Civil Veterinary Dept. Bombay admin report 1932-41 - 1932-1941
Year: 1932
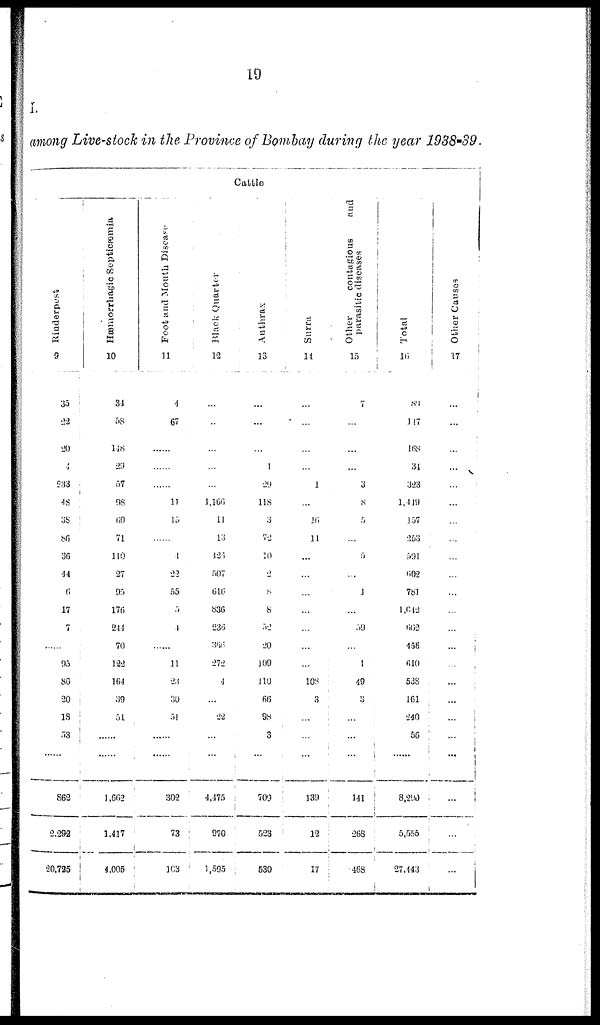
19
I.
among Live-stock in the Province of Bombay during the year 1938-39.
Cattle
Rinderpest
9
35
22
20
4
233
18
38
86
36
44
6
17
7
......
95
80
20
18
53
......
862
2,292
20,725
Hæmorrhogic Septicæmia.
10
31
58
118
29
57
OS
69
71
110
27
or.
170
244
70
122
164
30
51
......
......
1,662
1,417
4,005
Foot and Mouth Disease
11
4
67
...
...
...
11
15
...
1
22
55
5
1
...
11
28
30
31
......
......
302
73
103
Black Quarter
12
...
..
...
...
...
1,166
11
13
126
507
616
836
236
366
272
4
...
22
...
...
4,475
970
1,505
Anthrax
13
...
...
...
1
29
118
3
72
10
2
8
8
52
20
100
110
66
98
3
...
700
523
630
Surra
14
...
...
...
...
1
...
16
11
...
...
...
...
...
...
108
3
...
...
...
130
12
17
Other
contagious
and
parasitic diseases
15
7
...
...
...
3
8
5
...
5
...
1
59
...
1
49
3
...
...
...
141
268
468
Total
16
89
117
168
34
323
1,419
157
253
591
602
781
1,642
662
458
610
538
161
240
56
......
8,290
5,555
27,443
Other Causes
17
...
...
...
...
...
...
...
...
...
...
...
...
...
...
...
...
...
...
...
...
...
...
...